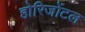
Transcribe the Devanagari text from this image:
होरिजोंटल